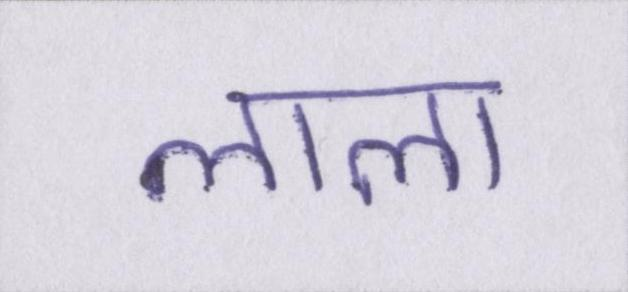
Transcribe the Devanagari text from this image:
लाला